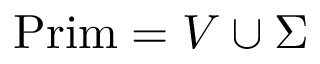
{ \mathrm { P r i m } } = V \cup \Sigma